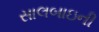
સાલબાઇની